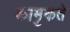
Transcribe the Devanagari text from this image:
कामुकते